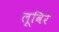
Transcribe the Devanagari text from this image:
लूविरे